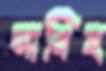
সাবিহ